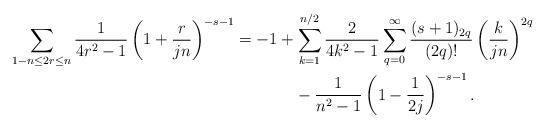
LaTeX: \begin{align*}\sum_{ 1-n \leq 2r \leq n} \frac{1}{ 4r^2 - 1 } \left(1 + \frac{r}{j n } \right)^{-s-1} & = -1 + \sum_{k=1}^{n/2}\frac{2}{4k^2 - 1} \sum_{q=0}^{\infty} \frac{(s+1)_{2q}}{(2q)!} \left( \frac{k}{jn} \right)^{2q} \\ &~~~~~~~~~~~ - \frac{1}{n^2 - 1} \left( 1 - \frac{1}{2j}\right)^{-s-1}.\end{align*}